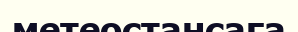
метеостансаға